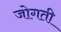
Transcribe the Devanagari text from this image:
जोगती